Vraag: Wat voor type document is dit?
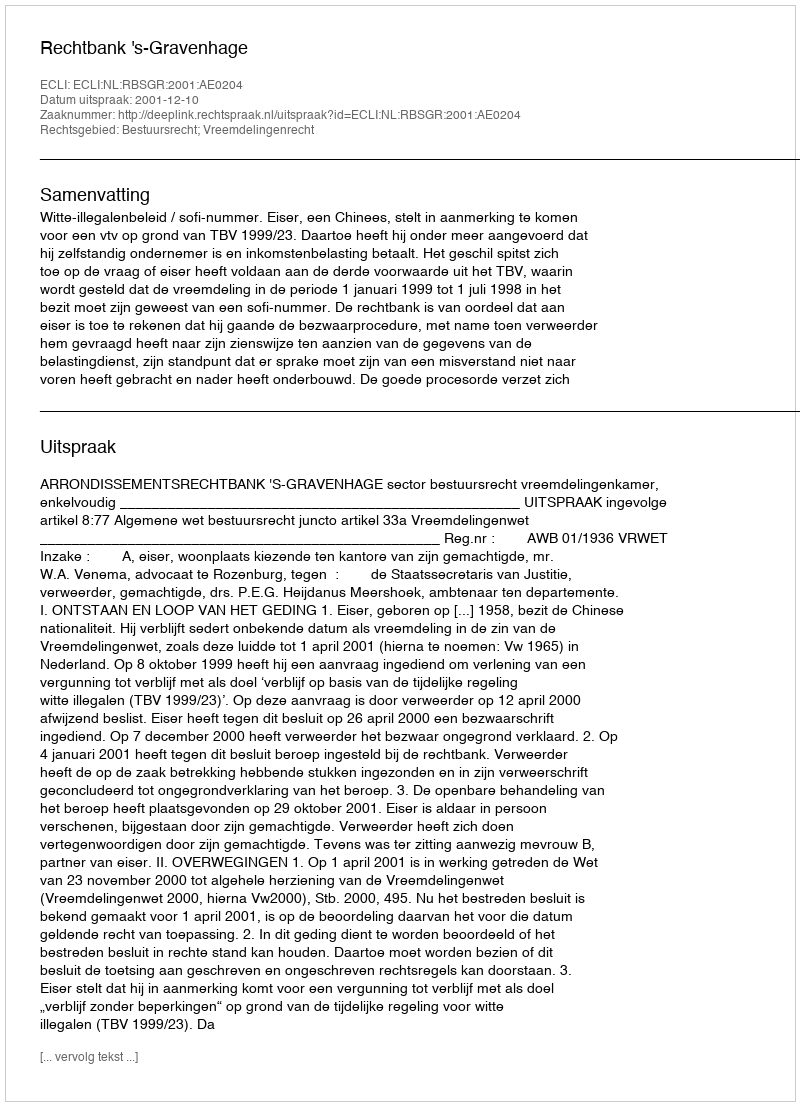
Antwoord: Uitspraak